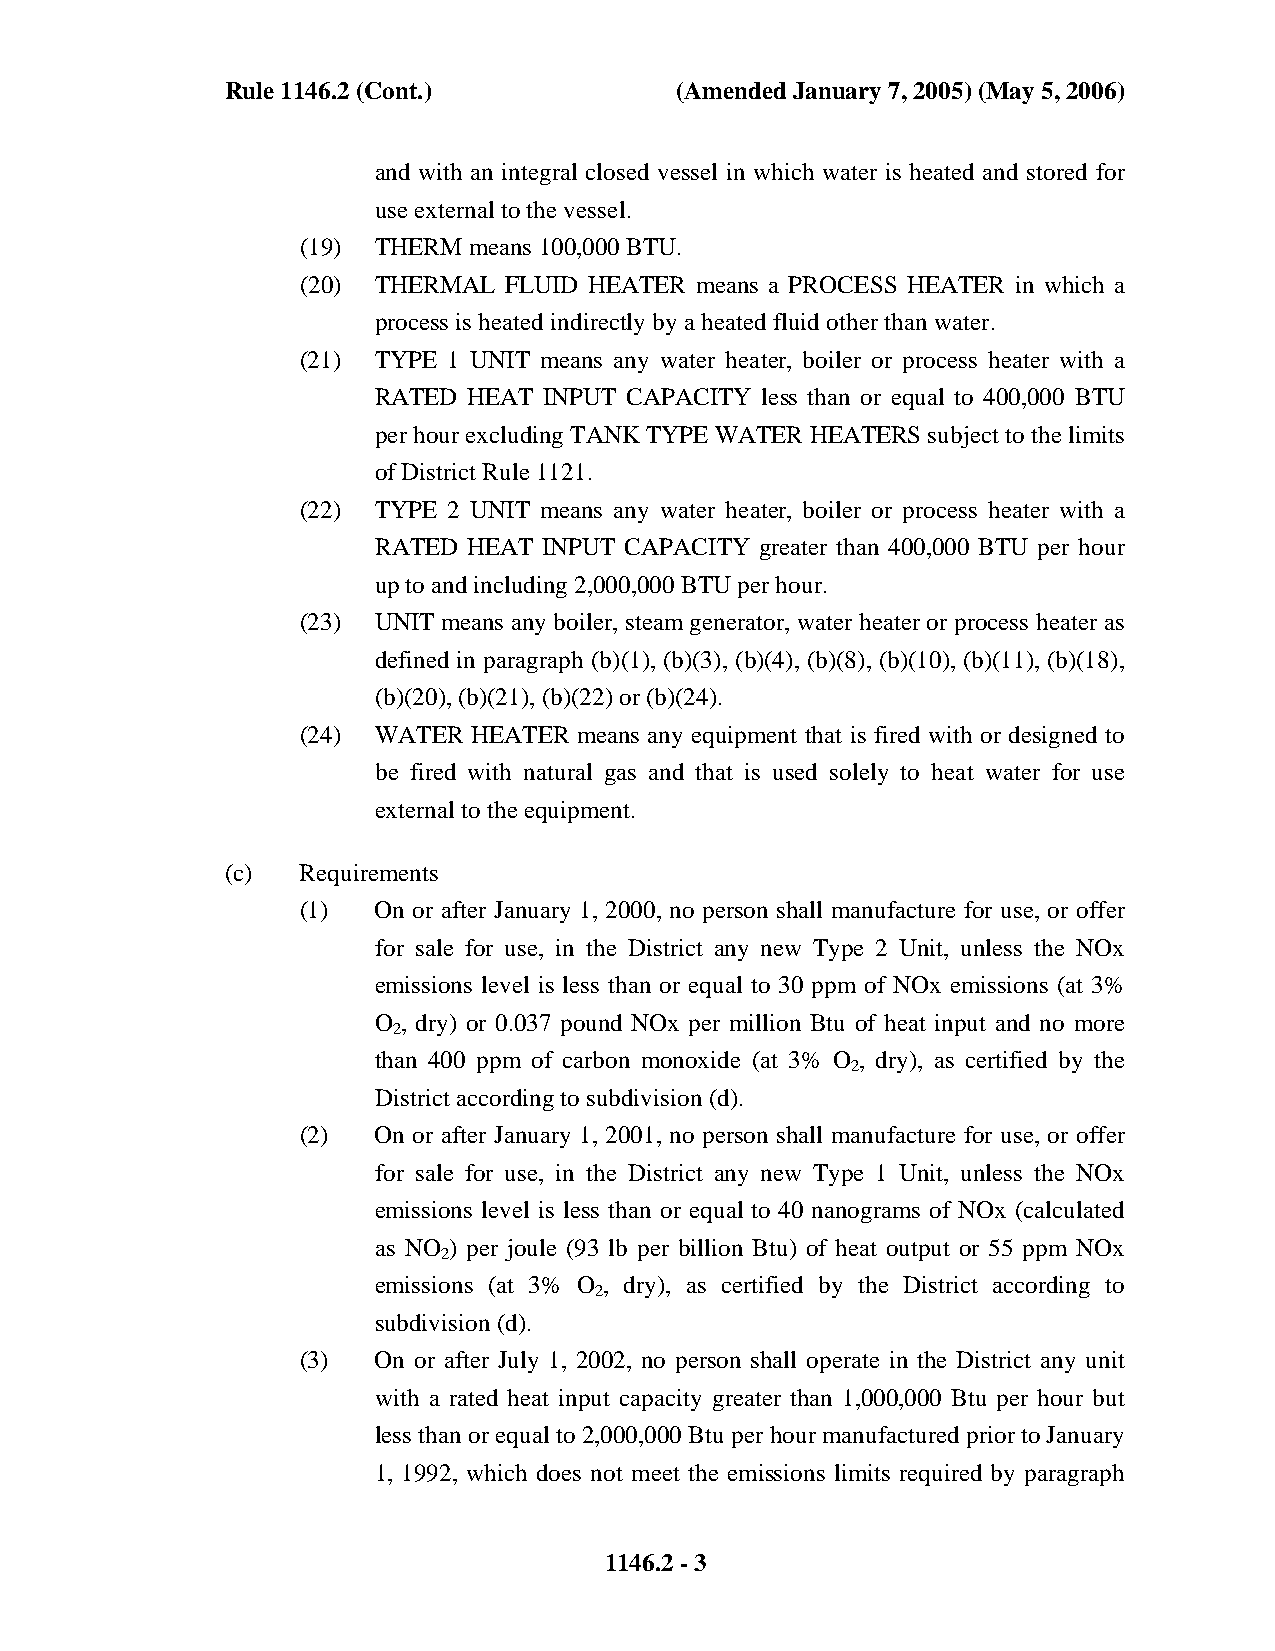
Rule 1146.2 (Cont.)           (Amended January 7, 2005) (May 5, 2006)
 and with an integral closed vessel in which water is heated and stored for
 use external to the vessel.
 (19) THERM means 100,000 BTU.
 (20) THERMAL FLUID HEATER means a PROCESS HEATER in which a
 process is heated indirectly by a heated fluid other than water.
 (21) TYPE 1 UNIT means any water heater, boiler or process heater with a
 RATED HEAT INPUT CAPACITY less than or equal to 400,000 BTU
 per hour excluding TANK TYPE WATER HEATERS subject to the limits
 of District Rule 1121.
 (22) TYPE 2 UNIT means any water heater, boiler or process heater with a
 RATED HEAT INPUT CAPACITY greater than 400,000 BTU per hour
 up to and including 2,000,000 BTU per hour.
 (23) UNIT means any boiler, steam generator, water heater or process heater as
 defined in paragraph (b)(1), (b)(3), (b)(4), (b)(8), (b)(10), (b)(11), (b)(18),
 (b)(20), (b)(21), (b)(22) or (b)(24).
 (24) WATER HEATER means any equipment that is fired with or designed to
 be fired with natural gas and that is used solely to heat water for use
 external to the equipment.
 (c)  Requirements
 (1)  On or after January 1, 2000, no person shall manufacture for use, or offer
 for sale for use, in the District any new Type 2 Unit, unless the NOx
 emissions level is less than or equal to 30 ppm of NOx emissions (at 3%
 O , dry) or 0.037 pound NOx per million Btu of heat input and no more
 2
 than 400 ppm of carbon monoxide (at 3% O , dry), as certified by the
 2
 District according to subdivision (d).
 (2)  On or after January 1, 2001, no person shall manufacture for use, or offer
 for sale for use, in the District any new Type 1 Unit, unless the NOx
 emissions level is less than or equal to 40 nanograms of NOx (calculated
 as NO ) per joule (93 lb per billion Btu) of heat output or 55 ppm NOx
 2
 emissions (at 3% O , dry), as certified by the District according to
 2
 subdivision (d).
 (3)  On or after July 1, 2002, no person shall operate in the District any unit
 with a rated heat input capacity greater than 1,000,000 Btu per hour but
 less than or equal to 2,000,000 Btu per hour manufactured prior to January
 1, 1992, which does not meet the emissions limits required by paragraph
 1146.2 - 3